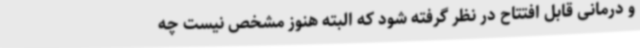
و درمانی قابل‌ افتتاح در نظر گرفته شود که البته هنوز مشخص نیست چه